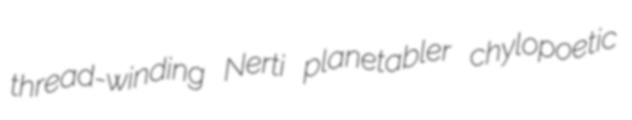
thread-winding Nerti planetabler chylopoetic